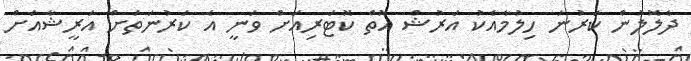
ދެލޮލުން ކަރުނަ ހިލުމާއެކު އަރުޝް އޮތް ކޮޓަރިއަށް ވަނީ އެ ކަރުނަތަށް އަރީޝާއަށް